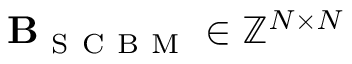
\mathbf { B } _ { \mathrm { ~ S ~ C ~ B ~ M ~ } } \in \mathbb { Z } ^ { N \times N }